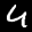
Label: 4